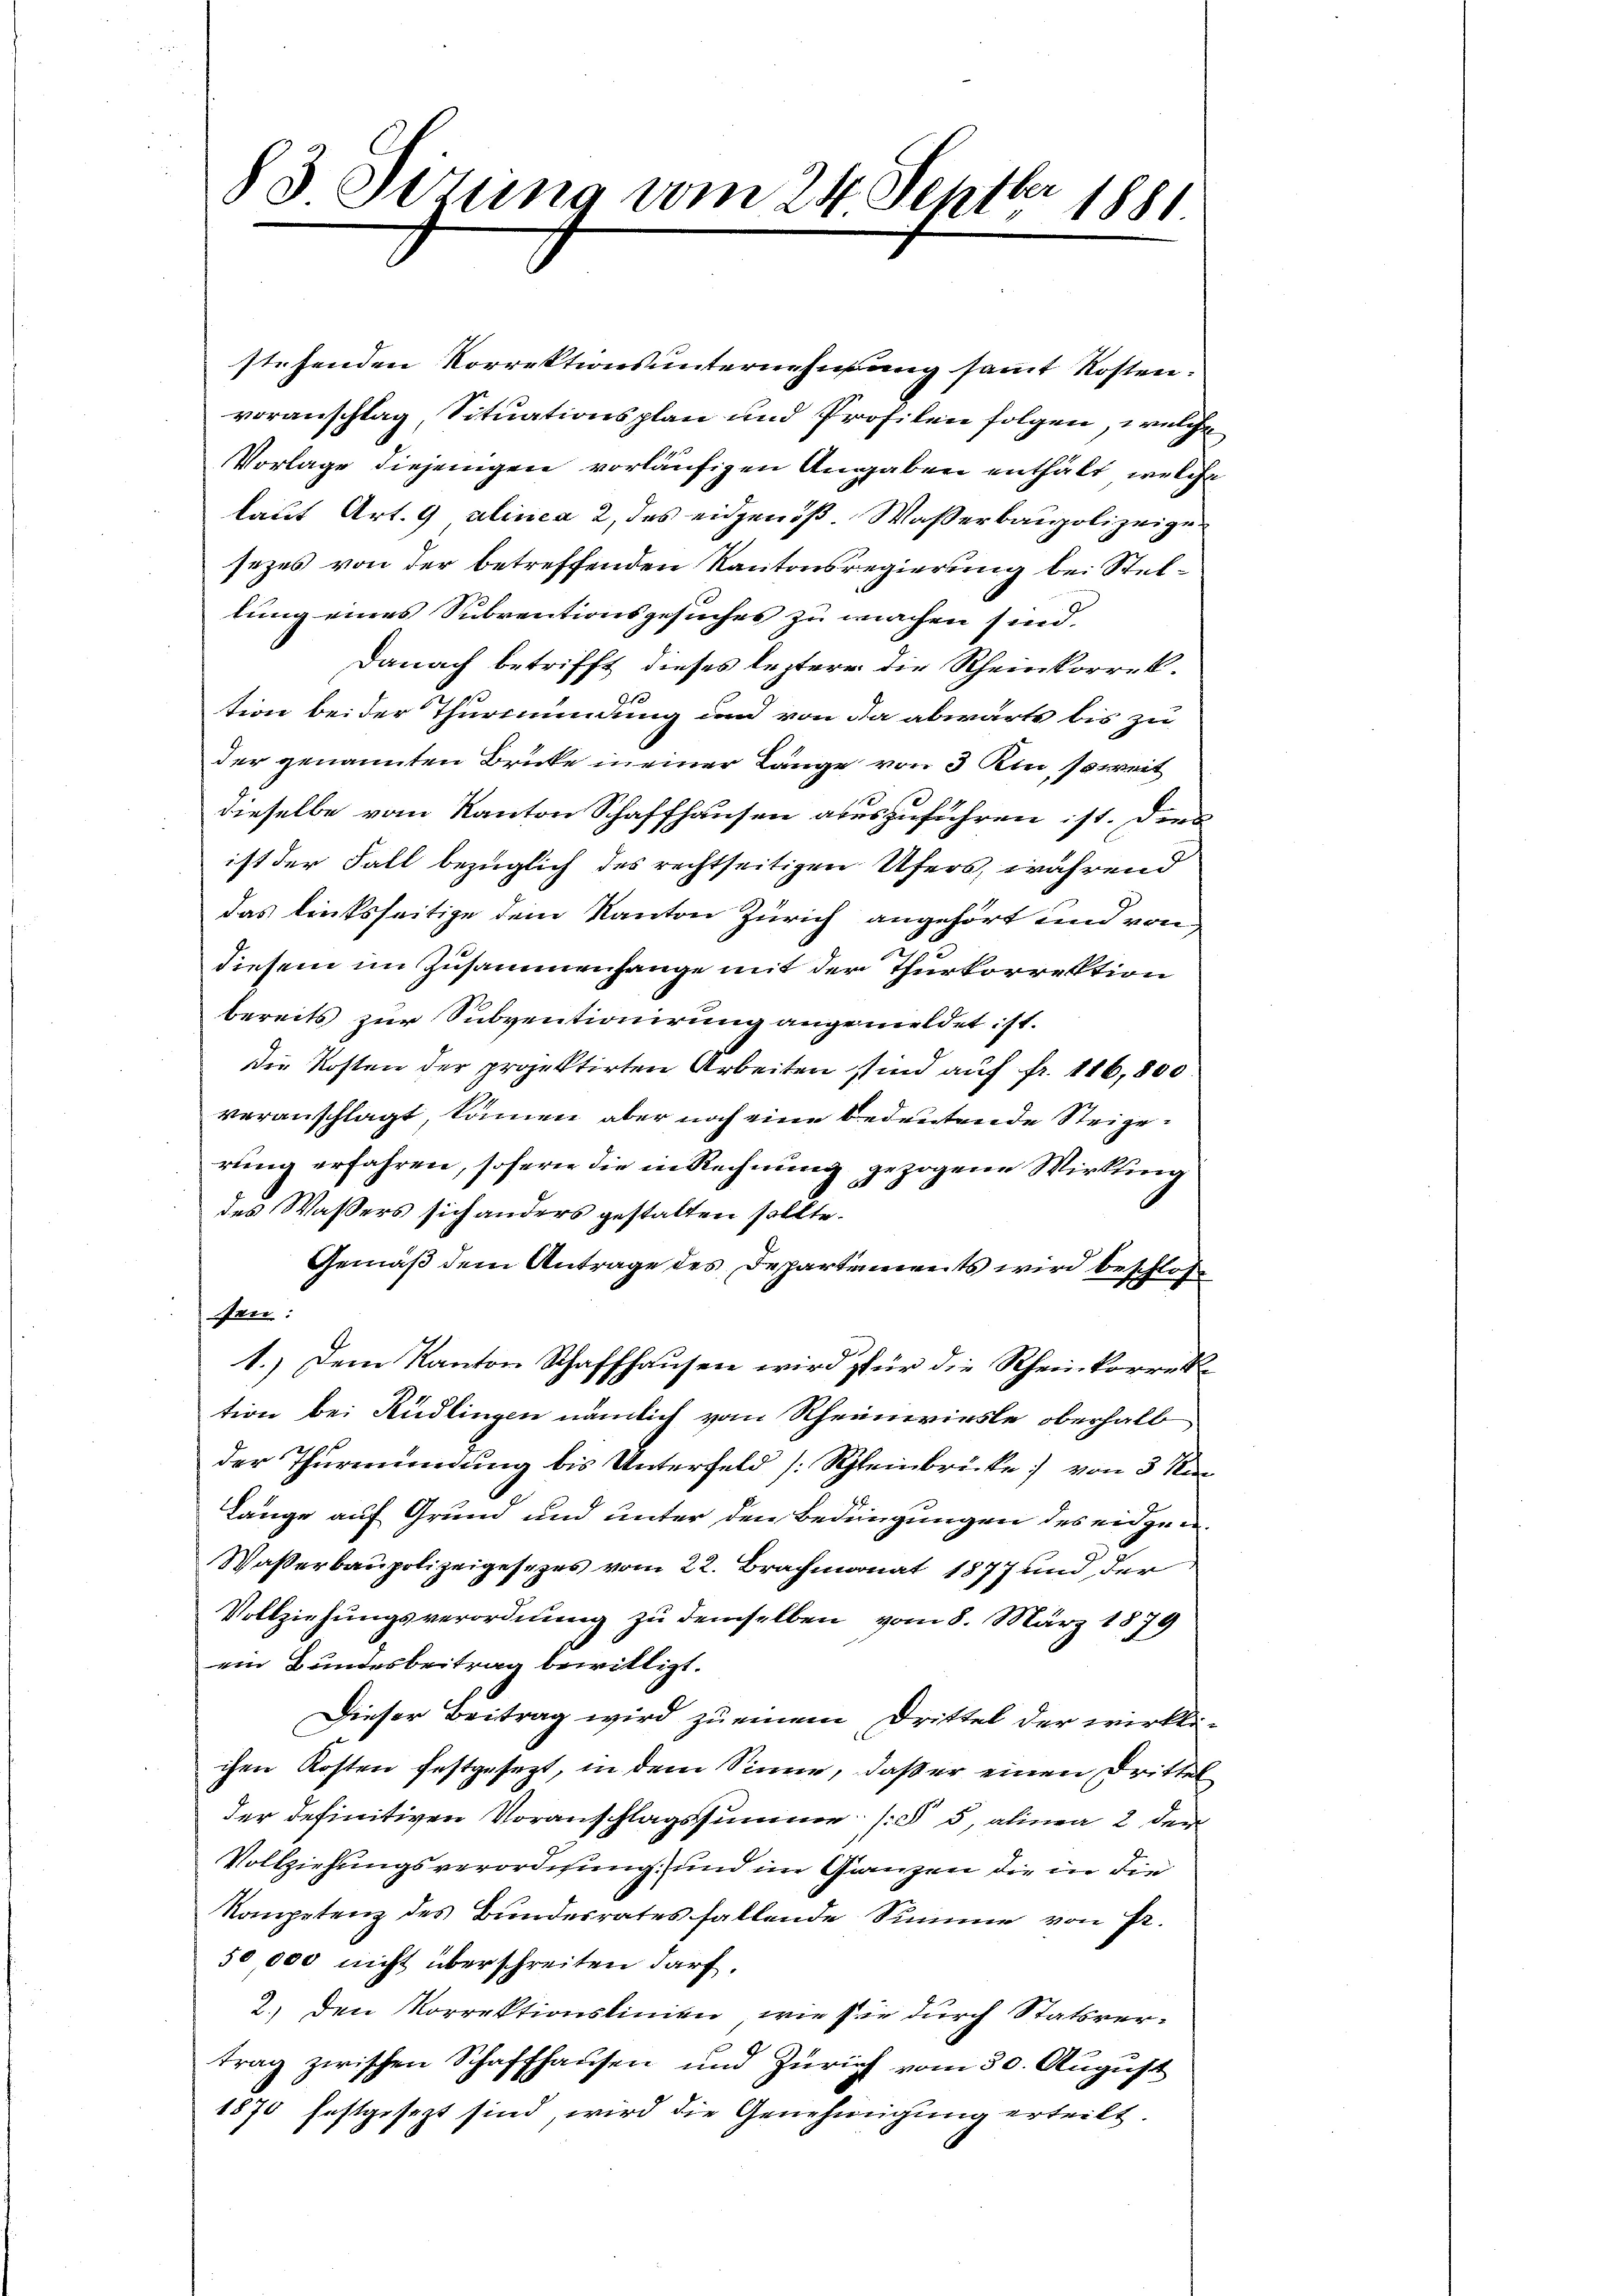
83 Sezung vom 24. Septbr 1881

stehenden Vorrektionsunternehmung samt Kosten.
voranschlag, Situationsplan und Profilen folgen, welche
Vorlage diejenigen vorläufigen Angaben enthält, welche
laut Art. 9, alinea 2 des eidgenöß. Wasserbaupolizeigesezes von der betreffenden Kantonsregierung bei Stellung eines Subventionsgesuches zu machen sind.
Danach betrifft dieses leztere die Rheinkorrek¬
1
1
tion bei der Thurmundung und von da abwärts bis zu
der genannten Brücke in einer Länge von 3 Ain soweit
dieselbe vom Kanton Schaffhausen auszuführen ist. Dies
ist der Fall bezüglich des rechtseitigen Ufers, während
das linksseitige dem Kanton Zürich angehört und von
diesem im Zusammenhange mit der Thurkorrektion
bereits zur Subventionirung angemeldet ist.
Die Kosten der projektirten Arbeiten sind auf fr. 116,800
veranschlagt, können aber noch eine bedeutende Steigerung erfahren, sofern die in Rechnung gezogene Wirkling
des Wassers sich anders gestatten sollte.
Gemäß dem Antrage des Departements wird beschlos
sen:
1.) Dem Kanton Schaffhausen wird für die Rheinkorrek
tion bei Rüdlingen nämlich von Rheinwiesle oberhalb
der Thurmündung bis Unterfeld [Schleinbrücke] von 3 Ko
Länge auf Grund und unter den Bedingungen des eidgen.
Waßerbaupolizeigesezes vom 22. Brachmonat 1877 und der
Vollziehungsverordnung zu demselben vom 8. März 1879
ein Bundesbeitrag bewilligt.
Dieser Beitrag wird zu einem Drittel der wirkli-
chen Kosten festgesezt, in dem Sinne, daß er einen Drittel
der definitiven Voranschlagssumme (§ 5, alinea 2 der
Vollziehungsverordnung und im Ganzen die in die
Kompetenz des Bundesrates fallende Summe von Fr.
50 000 nicht überschreiten darf.
2.) den Korrektionslinien, wie sie durch Statsvertrag zwischen Schaffhausen und Zürich vom 30. Aŭgŭst
1870 festgesezt sind, wird die Genehmigung erteilt.